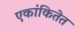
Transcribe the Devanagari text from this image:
एकांकितेत